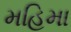
મહિમા